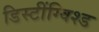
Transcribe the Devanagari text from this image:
डिस्टींग्विश्ड